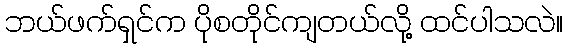
ဘယ်ဖက်ရှင်က ပိုစတိုင်ကျတယ်လို့ ထင်ပါသလဲ။